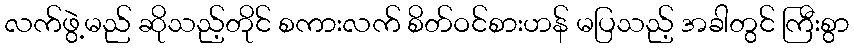
လက်ဖွဲ့မည် ဆိုသည့်တိုင် စကားလက် စိတ်ဝင်စားဟန် မပြသည့် အခါတွင် ကြီးစွာ